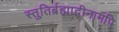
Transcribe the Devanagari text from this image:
स्तुतिर्ब्रह्मादीनामपि